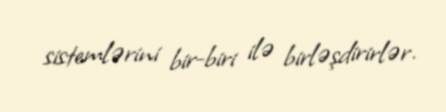
sistemlərini bir-biri ilə birləşdirirlər.